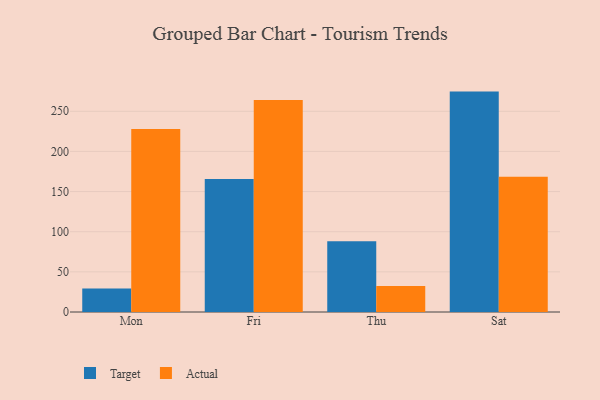
{"axis": {"x": "Day", "y": "Page Views"}, "legend": ["Actual", "Target"], "data": [{"x": "Mon", "y": 29.4, "type": "Target"}, {"x": "Mon", "y": 227.8, "type": "Actual"}, {"x": "Fri", "y": 165.8, "type": "Target"}, {"x": "Fri", "y": 264.1, "type": "Actual"}, {"x": "Thu", "y": 88.1, "type": "Target"}, {"x": "Thu", "y": 32.4, "type": "Actual"}, {"x": "Sat", "y": 274.5, "type": "Target"}, {"x": "Sat", "y": 168.5, "type": "Actual"}]}